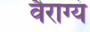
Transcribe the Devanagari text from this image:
वैराग्यं